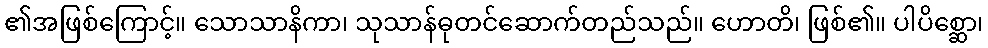
၏အဖြစ်ကြောင့်။ သောသာနိကာ၊ သုသာန်ဓုတင်ဆောက်တည်သည်။ ဟောတိ၊ ဖြစ်၏။ ပါပိစ္ဆော၊